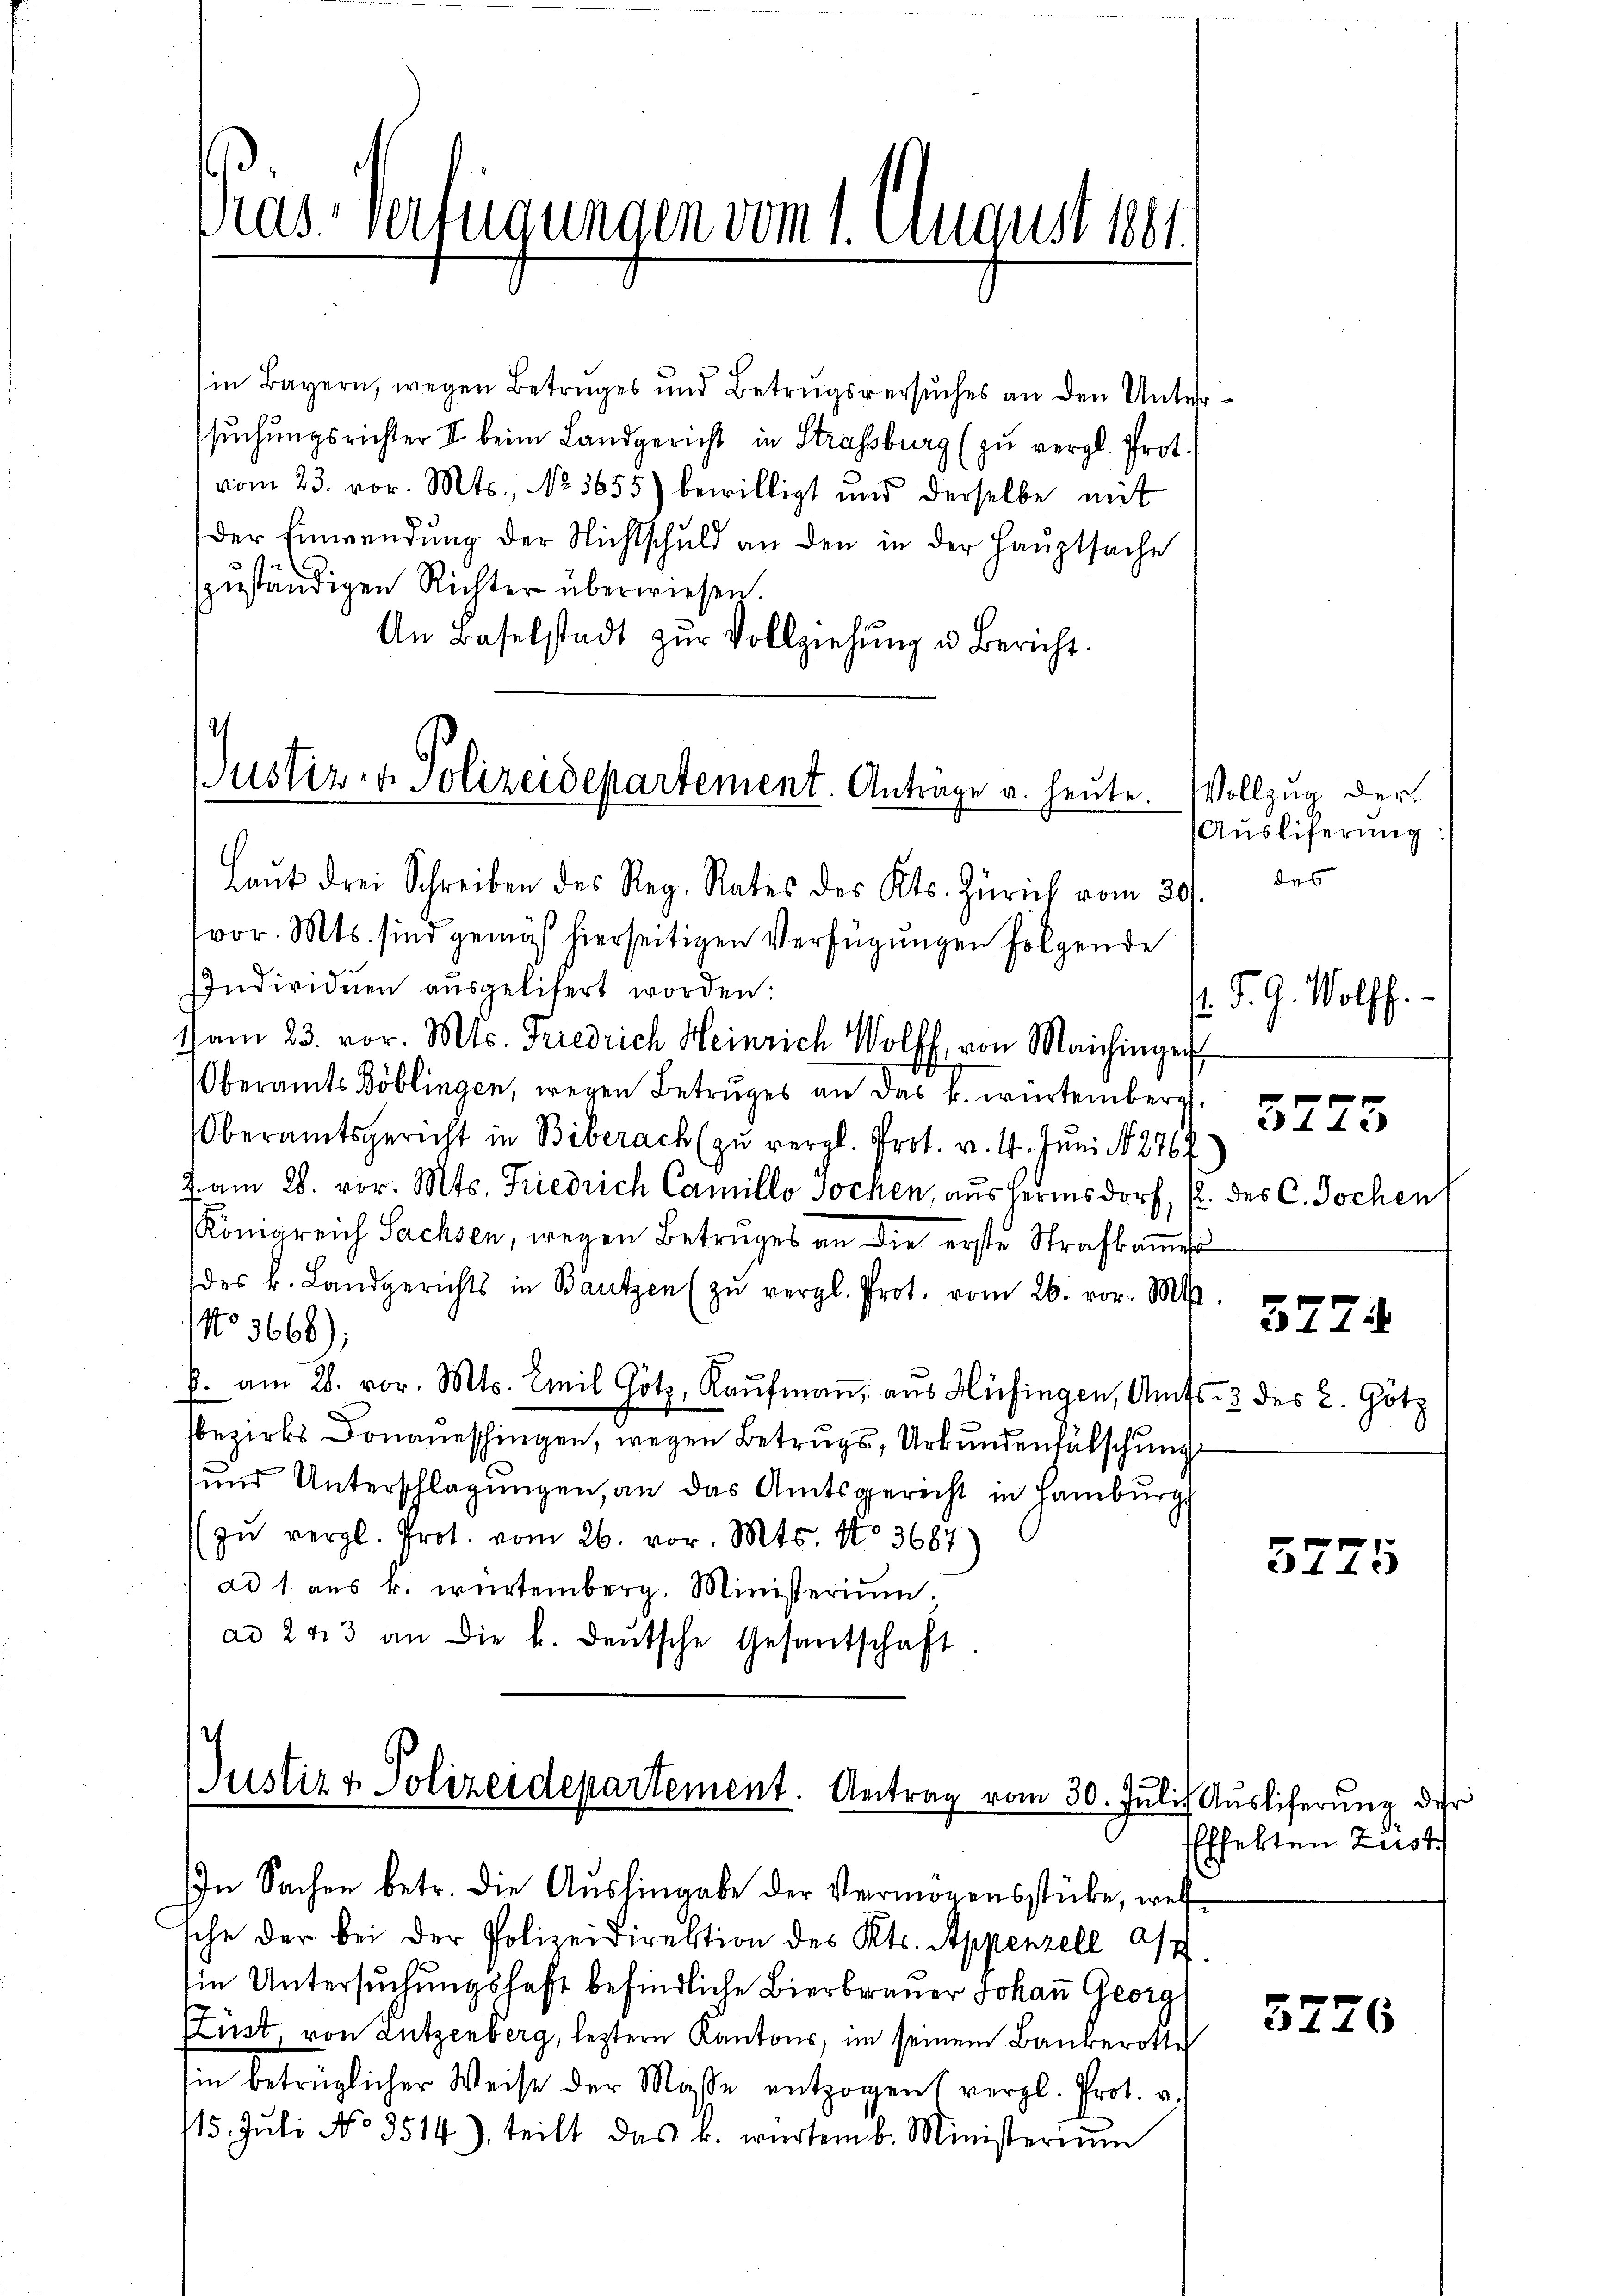
Pras. Verfügungen vom 1. August 1881

in Bayern, wegen Betruges und Betrugsversuches an den Unter
ssuchungsrichter V beim Landgericht in Strassburg (zu vergl. Prot.
vom 23. vor. Mts., No. 3655) bewilligt und derselbe mit
Der Einwendung der Nichtschuld an den in der Hauptsache
a
zŭständigen Richter überwiesen.
An Baselstadt zŭr Vollziehŭng u Bericht.
Laŭt drei Schreiben des Reg. Rates des Kts. Zürich vom 20.
vor. Mts. sind gemäß hierseitigen Verfügungen folgende
Individuen aŭsgelifert worden:
1) am 23. vor. Mts. Friedrich Heinrich Wolff von Maichinger
Überamts Böblingen, wegen Betruges an das k. würtemberg
Oberamtsgericht in Biberach (zŭ vergl. Prot. v. 4. Juni N276.
J am 28. vor. Mts. Friedrich Camillo sochen, aus Hermsdorf, p. des C. Jochen
Königreich Sachsen, wegen Betruges an die erste Strafkame
des k. Landgerichts in Bautzen zŭ vergl. Prot. vom 26. vor. M
No 3668)
b. am 28. vor. Mts. Emil Götz, Kaŭfmaṅ, aus Hüfingen, Amts
sbezirks Donaueschingen, wegen Betrugs, Urkundenfälschung
und Unterschlagungen, an das Amtsgericht in Hamburg
(zŭ vergl. Prot. vom 26. vor. Mts. No. 3667)
ad 1 aŭs k. würtemberg. Ministerium.
ad 243 an die k. deutsche Gesantschaft

Justiz- & Polizeidepartement. Anträge u. heute. Vollzug der

Justiz & Polizeidepartement. Antrag vom 30. Juli) Auslieferung der

In Sachen betr. die Aushingabe der Vermögensstücke, wel
sche der bei der Polizeidirektion des Kts. Appenzell Asp
in Untersuchungshaft befindliche Bierbrauer Johann Georg
(Lust, von Lutzenberg, leztern Kantons, im seinem Bauberotte
sin betrüglicher Weise der Masse entzogen vergl. Prot. v.
715. Jŭli No 3514), teilt das k. würtemb. Ministerium

s

Ausliferung:
des

s. S. G. Wolff.

id 14.

3774

22 des L. Götz

5775

Effekten Zust

3726